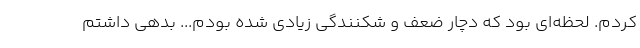
کردم. لحظه‌ای بود که دچار ضعف و شکنندگی زیادی شده بودم... بدهی داشتم